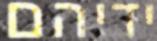
ידיהם